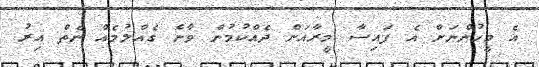
އެ މީހުންނަށް އެ ފައިސާ މީރާއަށް ދެއްކުމުން ވާނެ ގެއްލުމެއް ނެތް އިރު